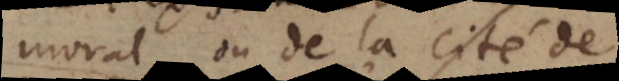
moral, ou de la Cité de